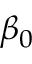
\beta _ { 0 }